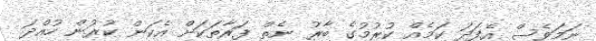
ނަމަވެސް އެފަދަ ކަމެއް ކުރުމުގެ ބާރު ނެތް ފަރާތަކަށް އެކަން ކުރުން ހުއްދަ